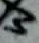
Text: 3